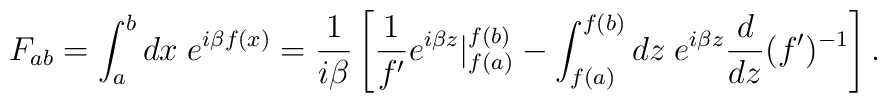
F_{ab}=\int _{a}^{b}dx\; e^{i\beta f(x)}=\frac{1}{i\beta }\left[ \frac{1}{f{'}}e^{i\beta z}|_{f(a)}^{f(b)}-\int _{f(a)}^{f(b)}dz\; e^{i\beta z}\frac{d}{dz}(f{'})^{-1}\right] .